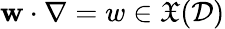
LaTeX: \mathbf{w}\cdot\nabla=w\in\mathfrak{X}(\mathcal{D})